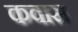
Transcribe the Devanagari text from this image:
कवास